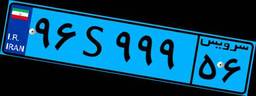
۹۶S۹۹۹۵۶